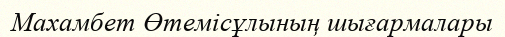
Махамбет Өтемісұлының шығармалары